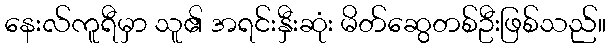
နေးလ်ကူရီမှာ သူ၏ အရင်းနှီးဆုံး မိတ်ဆွေတစ်ဦးဖြစ်သည်။